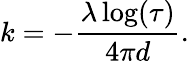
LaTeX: k=-\frac{\lambda\log(\tau)}{4\pi d}.